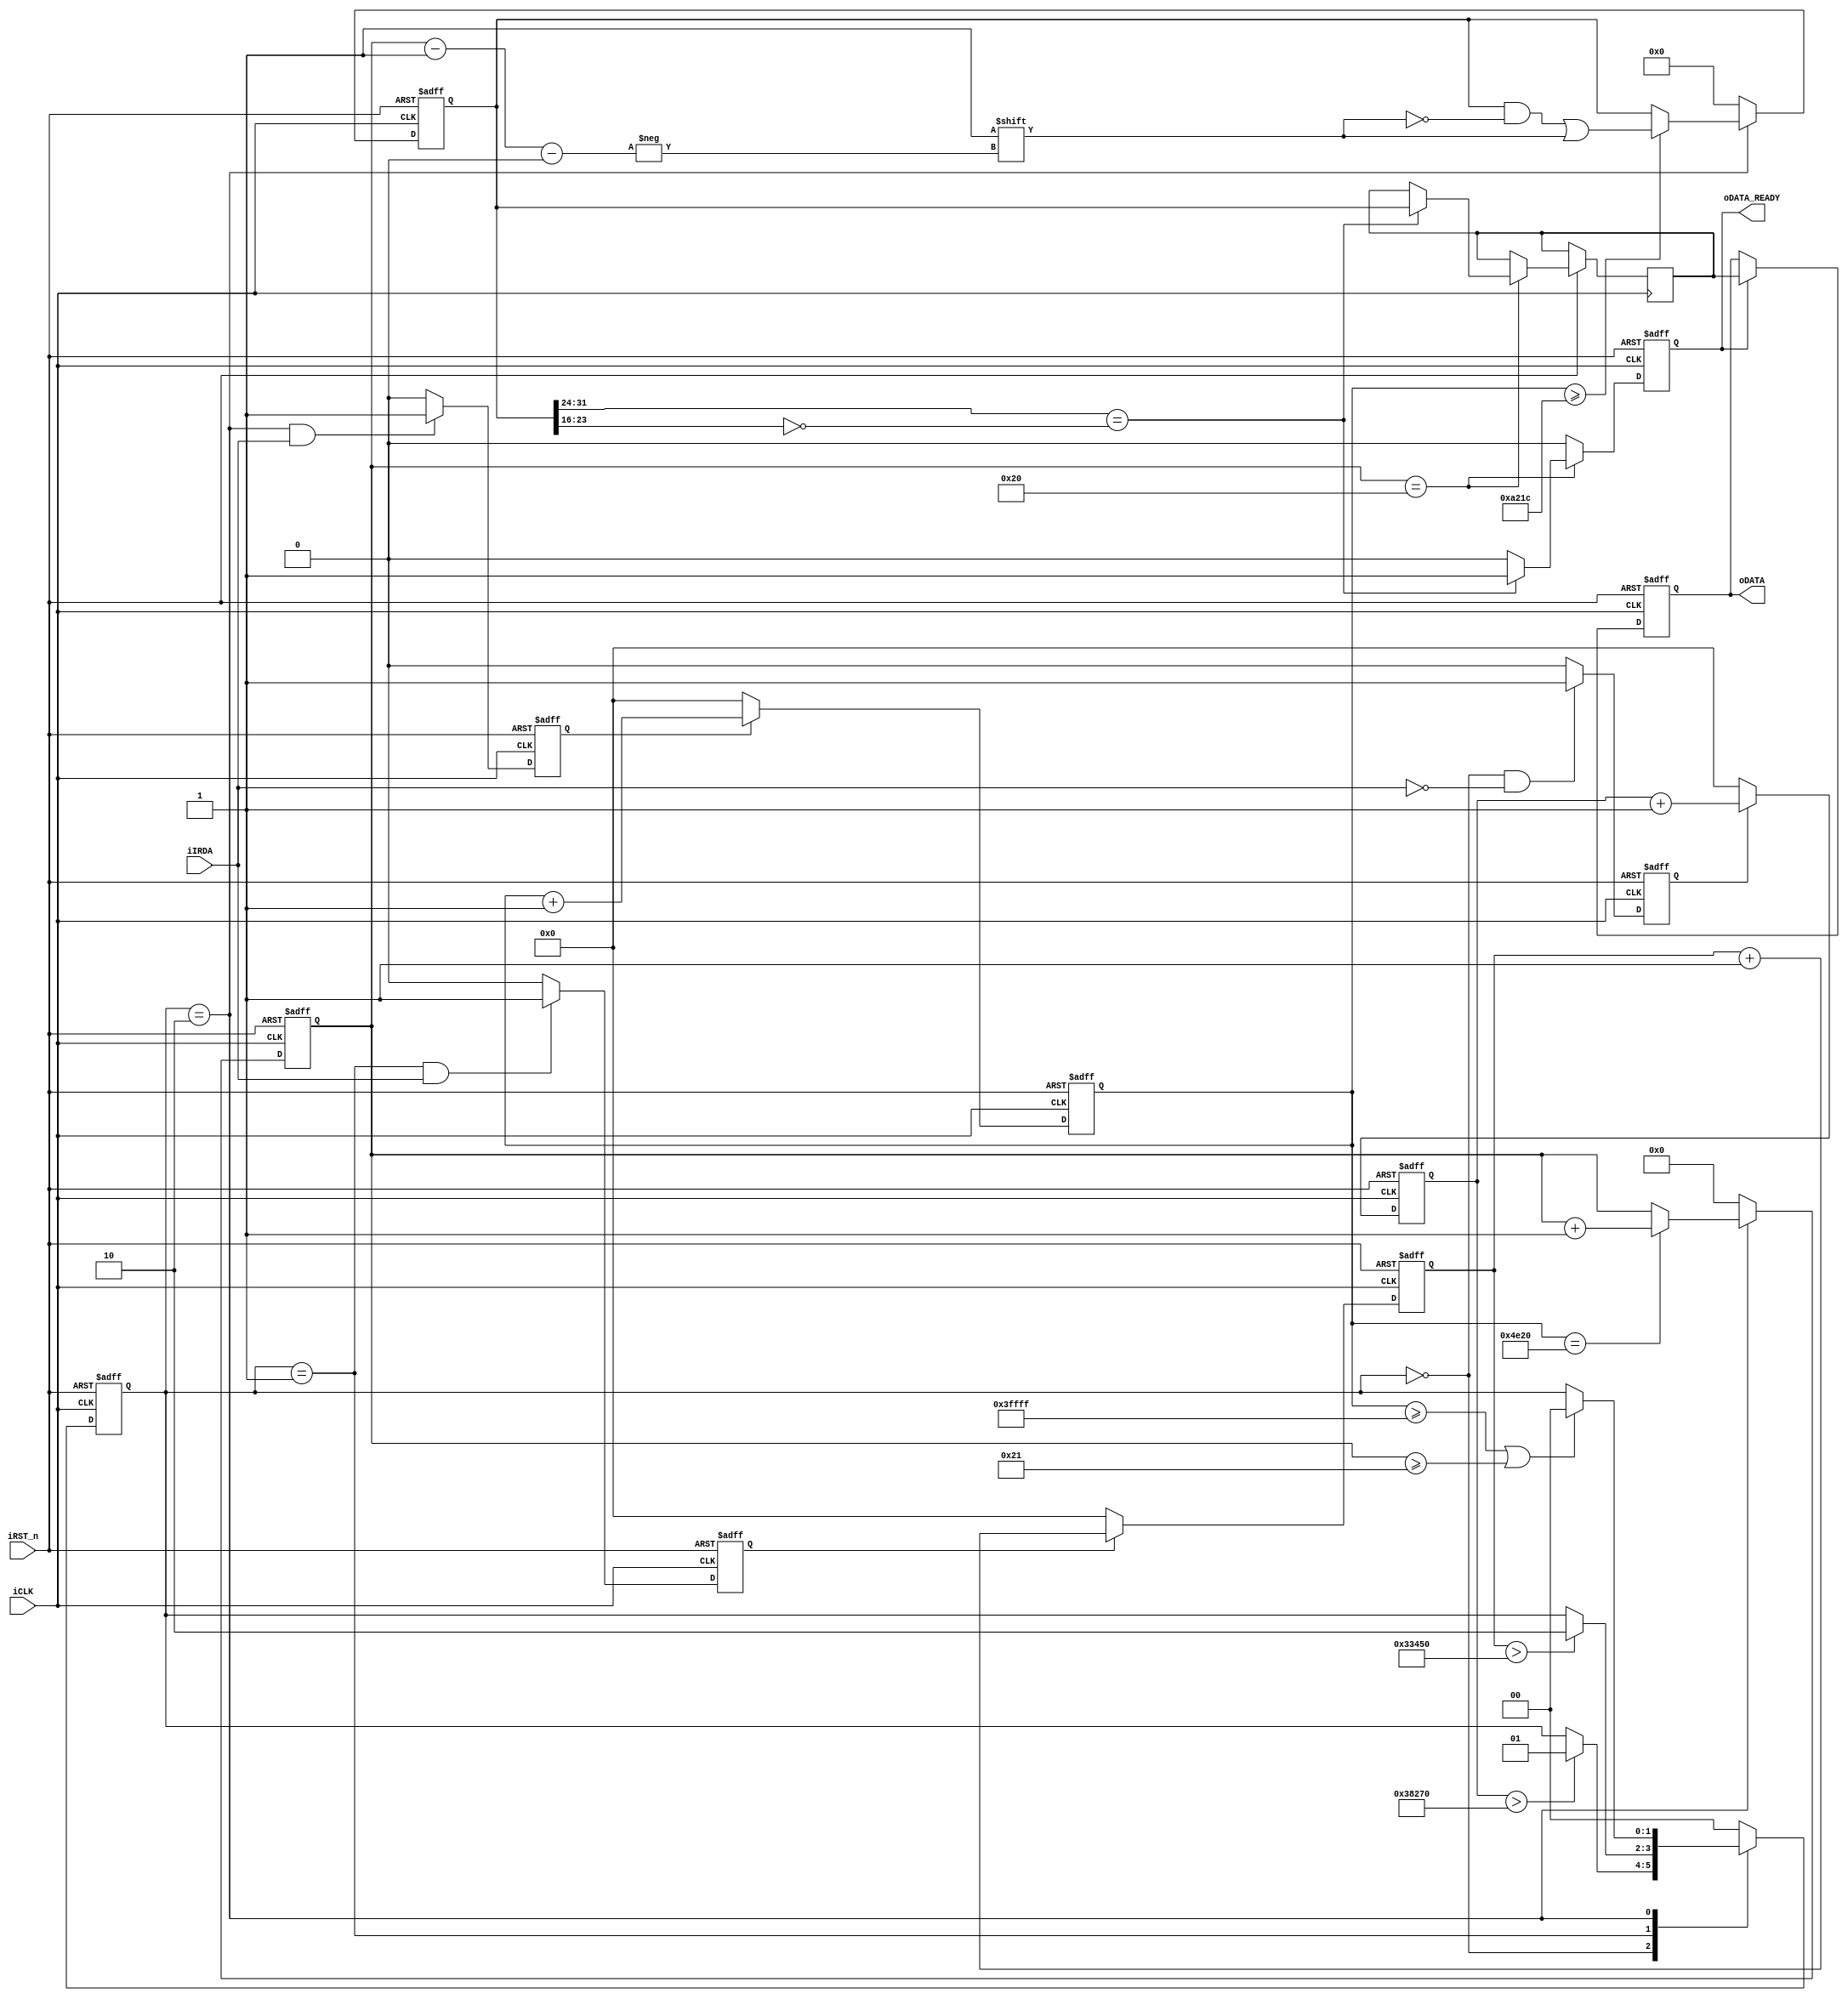
// --------------------------------------------------------------------
// Copyright (c) 2010 by Terasic Technologies(China)Inc. 
// --------------------------------------------------------------------
//
// Permission:
//
//   Terasic grants permission to use and modify this code for use
//   in synthesis for all Terasic Development Boards and Altera Development 
//   Kits made by Terasic.  Other use of this code, including the selling 
//   ,duplication, or modification of any portion is strictly prohibited.
//
// Disclaimer:
//
//   This VHDL/Verilog or C/C++ source code is intended as a design reference
//   which illustrates how these types of functions can be implemented.
//   It is the user's responsibility to verify their design for
//   consistency and functionality through the use of formal
//   verification methods.  Terasic provides no warranty regarding the use 
//   or functionality of this code.
//
// --------------------------------------------------------------------
//           
//                     Terasic Technologies(China)Inc
//                     
//                     Wuhan, China
//                     
//
//                     web: http://www.terasic.com.cn/
//
// --------------------------------------------------------------------
//
// Major Functions:	IRDA receiver
//
//                  it can realize a IRDA receiver,show the user code(16 bit) on HEX4-HEX7
//                  and key value on HEX0-HEX3  7-SEGS.the user code is fixed for some 
//                  remote control and the key value is not the same for different key
// --------------------------------------------------------------------
//
// Revision History :
// --------------------------------------------------------------------
//   Ver  :| Author            :| Mod. Date   :| Changes Made:
//   V1.0 :| Peli  Li          :| 2010/03/22  :| Initial Revision
//   V1.1 :| Allen Wang        :| 06/06/2010  :| Change IRDA with IR
//   v1.2 :| johnny            :| 06/18/2010  :| delete the iREAD port
// --------------------------------------------------------------------

module IR_RECEIVE(
					iCLK,         //clk 50MHz
					iRST_n,       //reset					
					iIRDA,        //IR code input
					oDATA_READY,  //data ready
					oDATA         //decode data output
					);


//=======================================================
//  PARAMETER declarations
//=======================================================
parameter IDLE               = 2'b00;    //always high voltage level
parameter GUIDANCE           = 2'b01;    //9ms low voltage and 4.5 ms high voltage
parameter DATAREAD           = 2'b10;    //0.6ms low voltage start and with 0.52ms high voltage is 0,with 1.66ms high voltage is 1, 32bit in sum.

parameter IDLE_HIGH_DUR      =  262143;  // data_count    262143*0.02us = 5.24ms, threshold for DATAREAD-----> IDLE
parameter GUIDE_LOW_DUR      =  230000;  // idle_count    230000*0.02us = 4.60ms, threshold for IDLE--------->GUIDANCE
parameter GUIDE_HIGH_DUR     =  210000;  // state_count   210000*0.02us = 4.20ms, 4.5-4.2 = 0.3ms < BIT_AVAILABLE_DUR = 0.4ms,threshold for GUIDANCE------->DATAREAD
parameter DATA_HIGH_DUR      =  41500;	 // data_count    41500 *0.02us = 0.83ms, sample time from the posedge of iIRDA
parameter BIT_AVAILABLE_DUR  =  20000;   // data_count    20000 *0.02us = 0.4ms,  the sample bit pointer,can inhibit the interference from iIRDA signal


//=======================================================
//  PORT declarations
//=======================================================
input         iCLK;        //input clk,50MHz
input         iRST_n;      //rst
input         iIRDA;       //Irda RX output decoded data
output        oDATA_READY; //data ready
output [31:0] oDATA;       //output data,32bit 


//=======================================================
//  Signal Declarations
//=======================================================
reg    [31:0] oDATA;                 //data output reg
reg    [17:0] idle_count;            //idle_count counter works under data_read state
reg           idle_count_flag;       //idle_count conter flag
//wire          idle_count_max;
reg    [17:0] state_count;           //state_count counter works under guide state
reg           state_count_flag;      //state_count conter flag
reg    [17:0] data_count;            //data_count counter works under data_read state
reg           data_count_flag;       //data_count conter flag
reg     [5:0] bitcount;              //sample bit pointer
reg     [1:0] state;                 //state reg
reg    [31:0] data;                  //data reg
reg    [31:0] data_buf;              //data buf
reg           data_ready;            //data ready flag


//=======================================================
//  Structural coding
//=======================================================	
assign oDATA_READY = data_ready;


//idle counter works on iclk under IDLE state only
always @(posedge iCLK or negedge iRST_n)	
	  if (!iRST_n)
		   idle_count <= 0;
	  else if (idle_count_flag)    //the counter works when the flag is 1
			 idle_count <= idle_count + 1'b1;
		else  
			 idle_count <= 0;	         //the counter resets when the flag is 0		      		 	

//idle counter switch when iIRDA is low under IDLE state
always @(posedge iCLK or negedge iRST_n)	
	  if (!iRST_n)
		   idle_count_flag <= 1'b0;
	  else if ((state == IDLE) && !iIRDA)
			 idle_count_flag <= 1'b1;
		else                           
			 idle_count_flag <= 1'b0;		     		 	
      
//state counter works on iclk under GUIDE state only
always @(posedge iCLK or negedge iRST_n)	
	  if (!iRST_n)
		   state_count <= 0;
	  else if (state_count_flag)    //the counter works when the flag is 1
			 state_count <= state_count + 1'b1;
		else  
			 state_count <= 0;	        //the counter resets when the flag is 0		      		 	

//state counter switch when iIRDA is high under GUIDE state
always @(posedge iCLK or negedge iRST_n)	
	  if (!iRST_n)
		   state_count_flag <= 1'b0;
	  else if ((state == GUIDANCE) && iIRDA)
			 state_count_flag <= 1'b1;
		else  
			 state_count_flag <= 1'b0;     		 	

//data read decode counter based on iCLK
always @(posedge iCLK or negedge iRST_n)	
	  if (!iRST_n)
		   data_count <= 1'b0;
	  else if(data_count_flag)      //the counter works when the flag is 1
			 data_count <= data_count + 1'b1;
		else 
			 data_count <= 1'b0;        //the counter resets when the flag is 0

//data counter switch
always @(posedge iCLK or negedge iRST_n)
	  if (!iRST_n) 
		   data_count_flag <= 0;	
	  else if ((state == DATAREAD) && iIRDA)
			 data_count_flag <= 1'b1;  
		else
			 data_count_flag <= 1'b0; 

//data reg pointer counter 
always @(posedge iCLK or negedge iRST_n)
    if (!iRST_n)
       bitcount <= 6'b0;
	  else if (state == DATAREAD)
		begin
			if (data_count == 20000)
					bitcount <= bitcount + 1'b1; //add 1 when iIRDA posedge
		end   
	  else
	     bitcount <= 6'b0;

//state change between IDLE,GUIDE,DATA_READ according to irda edge or counter
always @(posedge iCLK or negedge iRST_n) 
	  if (!iRST_n)	     
	     state <= IDLE;
	  else 
			 case (state)
 			    IDLE     : if (idle_count > GUIDE_LOW_DUR)  // state chang from IDLE to Guidance when detect the negedge and the low voltage last for > 4.6ms
			  	              state <= GUIDANCE; 
			    GUIDANCE : if (state_count > GUIDE_HIGH_DUR)//state change from GUIDANCE to DATAREAD when detect the posedge and the high voltage last for > 4.2ms
			  	              state <= DATAREAD;
			    DATAREAD : if ((data_count >= IDLE_HIGH_DUR) || (bitcount >= 33))
			  					      state <= IDLE;
	        default  : state <= IDLE; //default
			 endcase

//data decode base on the value of data_count 	
always @(posedge iCLK or negedge iRST_n)
	  if (!iRST_n)
	     data <= 0;
		else if (state == DATAREAD)
		begin
			 if (data_count >= DATA_HIGH_DUR) //2^15 = 32767*0.02us = 0.64us
			    data[bitcount-1'b1] <= 1'b1;  //>0.52ms  sample the bit 1
		end
		else
			 data <= 0;
	
//set the data_ready flag 
always @(posedge iCLK or negedge iRST_n) 
	  if (!iRST_n)
	     data_ready <= 1'b0;
    else if (bitcount == 32)   
		begin
			 if (data[31:24] == ~data[23:16])
			 begin		
					data_buf <= data;     //fetch the value to the databuf from the data reg
				  data_ready <= 1'b1;   //set the data ready flag
			 end	
			 else
				  data_ready <= 1'b0 ;  //data error
		end
		else
		   data_ready <= 1'b0 ;

//read data
always @(posedge iCLK or negedge iRST_n)
	  if (!iRST_n)
		   oDATA <= 32'b0000;
	  else if (data_ready)
	     oDATA <= data_buf;  //output
					
endmodule